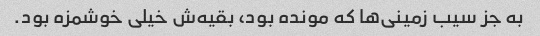
به جز سیب زمینی‌ها که مونده بود، بقیه‌ش خیلی خوشمزه بود.